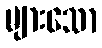
များသော